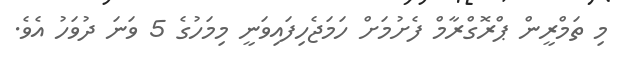
މި ތަމްރީން ޕްރޮގްރާމް ފެށުމަށް ހަމަޖެހިފައިވަނީ މިމަހުގެ 5 ވަނަ ދުވަހު އެވެ.